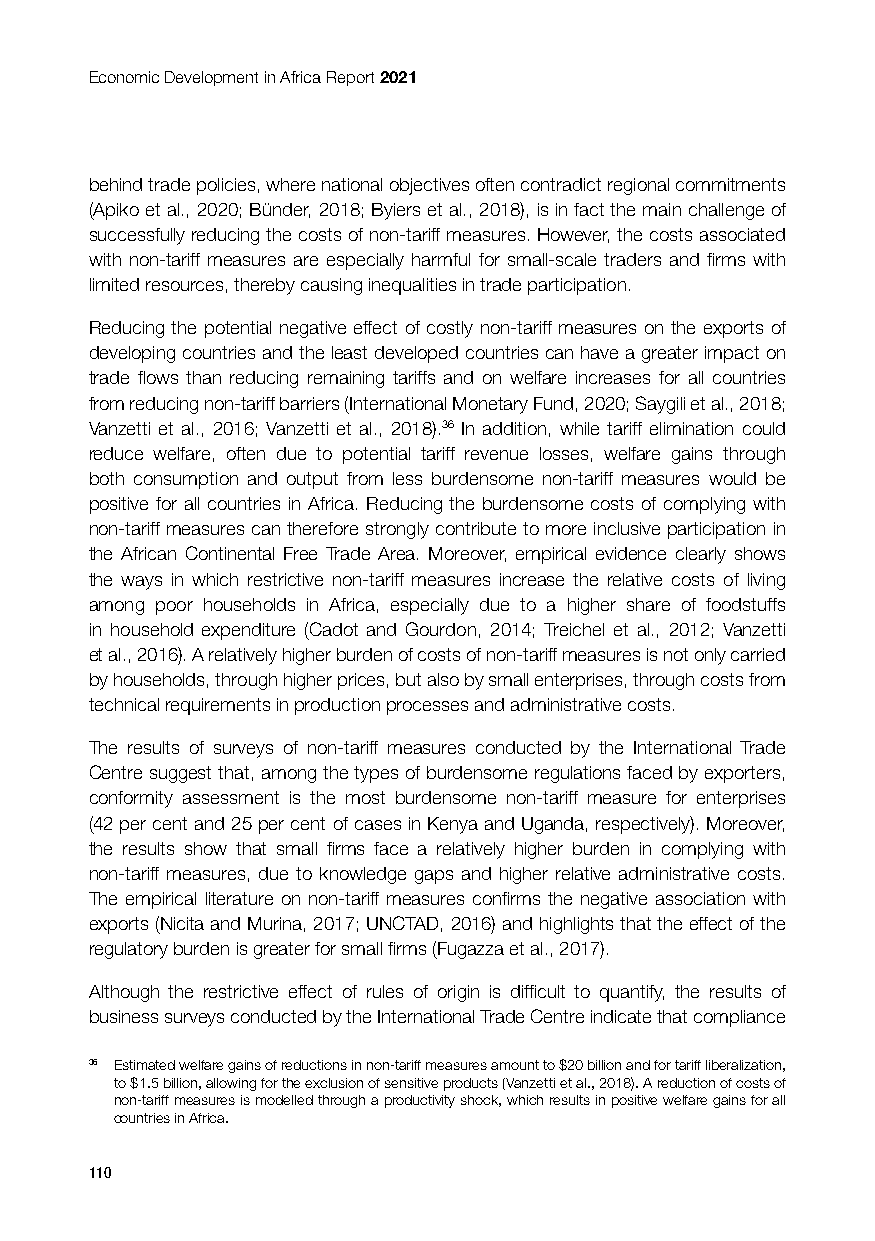
Economic Development in Africa Report 2021
 behind trade policies, where national objectives often contradict regional commitments
 (Apiko et al., 2020; Bünder, 2018; Byiers et al., 2018), is in fact the main challenge of
 successfully reducing the costs of non-tariff measures. However, the costs associated
 with non-tariff measures are especially harmful for small-scale traders and firms with
 limited resources, thereby causing inequalities in trade participation.
 Reducing the potential negative effect of costly non-tariff measures on the exports of
 developing countries and the least developed countries can have a greater impact on
 trade flows than reducing remaining tariffs and on welfare increases for all countries
 from reducing non-tariff barriers (International Monetary Fund, 2020; Saygili et al., 2018;
 Vanzetti et al., 2016; Vanzetti et al., 2018).36 In addition, while tariff elimination could
 reduce welfare, often due to potential tariff revenue losses, welfare gains through
 both consumption and output from less burdensome non-tariff measures would be
 positive for all countries in Africa. Reducing the burdensome costs of complying with
 non-tariff measures can therefore strongly contribute to more inclusive participation in
 the African Continental Free Trade Area. Moreover, empirical evidence clearly shows
 the ways in which restrictive non-tariff measures increase the relative costs of living
 among poor households in Africa, especially due to a higher share of foodstuffs
 in household expenditure (Cadot and Gourdon, 2014; Treichel et al., 2012; Vanzetti
 et al., 2016). A relatively higher burden of costs of non-tariff measures is not only carried
 by households, through higher prices, but also by small enterprises, through costs from
 technical requirements in production processes and administrative costs.
 The results of surveys of non-tariff measures conducted by the International Trade
 Centre suggest that, among the types of burdensome regulations faced by exporters,
 conformity assessment is the most burdensome non-tariff measure for enterprises
 (42 per cent and 25 per cent of cases in Kenya and Uganda, respectively). Moreover,
 the results show that small firms face a relatively higher burden in complying with
 non-tariff measures, due to knowledge gaps and higher relative administrative costs.
 The empirical literature on non-tariff measures confirms the negative association with
 exports (Nicita and Murina, 2017; UNCTAD, 2016) and highlights that the effect of the
 regulatory burden is greater for small firms (Fugazza et al., 2017).
 Although the restrictive effect of rules of origin is difficult to quantify, the results of
 business surveys conducted by the International Trade Centre indicate that compliance
 36 Estimated welfare gains of reductions in non-tariff measures amount to $20 billion and for tariff liberalization,
 to $1.5 billion, allowing for the exclusion of sensitive products (Vanzetti et al., 2018). A reduction of costs of
 non-tariff measures is modelled through a productivity shock, which results in positive welfare gains for all
 countries in Africa.
 110